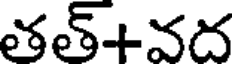
తత్+వద